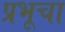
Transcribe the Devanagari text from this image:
प्रभूचा